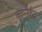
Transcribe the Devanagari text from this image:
कन्येत